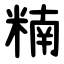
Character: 䊖